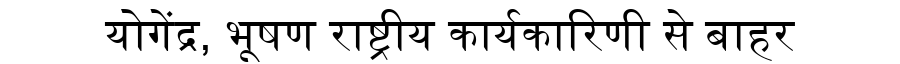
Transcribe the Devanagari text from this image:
योगेंद्र, भूषण राष्ट्रीय कार्यकारिणी से बाहर